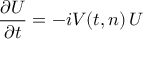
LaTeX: { \frac { \partial U } { \partial t } } = - i V ( t , n ) \, U